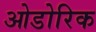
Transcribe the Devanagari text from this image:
ओडोरिक